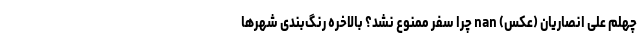
چهلم علی انصاریان (عکس) nan چرا سفر ممنوع نشد؟ بالاخره رنگ‌بندی شهرها